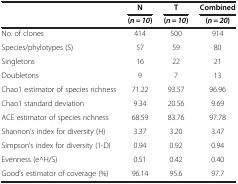
<table><thead><tr><td><b> </b></td><td><b>N</b></td><td><b>T</b></td><td><b>Combined</b></td></tr><tr><td><b> </b></td><td><b>(<i>n = 10</i>)</b></td><td><b>(<i>n = 10</i>)</b></td><td><b>(<i>n = 20</i>)</b></td></tr></thead><tbody><tr><td>No. of clones</td><td>414</td><td>500</td><td>914</td></tr><tr><td>Species/phylotypes (S)</td><td>57</td><td>59</td><td>80</td></tr><tr><td>Singletons</td><td>16</td><td>22</td><td>21</td></tr><tr><td>Doubletons</td><td>9</td><td>7</td><td>13</td></tr><tr><td>Chao1 estimator of species richness</td><td>71.22</td><td>93.57</td><td>96.96</td></tr><tr><td>Chao1 standard deviation</td><td>9.34</td><td>20.56</td><td>9.69</td></tr><tr><td>ACE estimator of species richness</td><td>68.59</td><td>83.76</td><td>97.78</td></tr><tr><td>Shannon’s index for diversity (H)</td><td>3.37</td><td>3.20</td><td>3.47</td></tr><tr><td>Simpson’s index for diversity (1-D)</td><td>0.94</td><td>0.92</td><td>0.94</td></tr><tr><td>Evenness (e^H/S)</td><td>0.51</td><td>0.42</td><td>0.40</td></tr><tr><td>Good’s estimator of coverage (%)</td><td>96.14</td><td>95.6</td><td>97.7</td></tr></tbody></table>